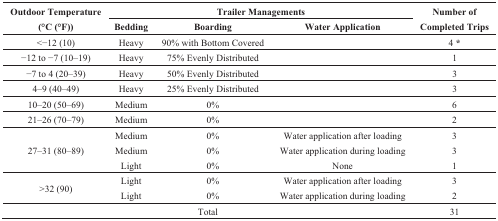
<table><thead><tr><td rowspan="2"><b>Outdoor Temperature (°C (°F))</b></td><td colspan="3"><b>Trailer Managements</b></td><td rowspan="2"><b>Number of Completed Trips</b></td></tr><tr><td><b>Bedding</b></td><td><b>Boarding</b></td><td><b>Water Application</b></td></tr></thead><tbody><tr><td>&lt;−12 (10)</td><td>Heavy</td><td>90% with Bottom Covered</td><td></td><td>4 *</td></tr><tr><td>−12 to −7 (10–19)</td><td>Heavy</td><td>75% Evenly Distributed</td><td></td><td>1</td></tr><tr><td>−7 to 4 (20–39)</td><td>Heavy</td><td>50% Evenly Distributed</td><td></td><td>3</td></tr><tr><td>4–9 (40–49)</td><td>Heavy</td><td>25% Evenly Distributed</td><td></td><td>3</td></tr><tr><td>10–20 (50–69)</td><td>Medium</td><td>0%</td><td></td><td>6</td></tr><tr><td>21–26 (70–79)</td><td>Medium</td><td>0%</td><td></td><td>2</td></tr><tr><td rowspan="3">27–31 (80–89)</td><td>Medium</td><td>0%</td><td>Water application after loading</td><td>3</td></tr><tr><td>Medium</td><td>0%</td><td>Water application during loading</td><td>3</td></tr><tr><td>Light</td><td>0%</td><td>None</td><td>1</td></tr><tr><td rowspan="2">&gt;32 (90)</td><td>Light</td><td>0%</td><td>Water application after loading</td><td>3</td></tr><tr><td>Light</td><td>0%</td><td>Water application during loading</td><td>2</td></tr><tr><td colspan="4">Total</td><td>31</td></tr></tbody></table>